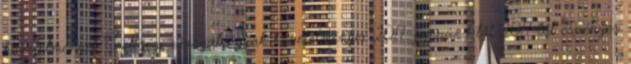
követelményei Érettségi vizsgatárgyak követelményei 2017. január 1-től 2017-től érvényes